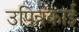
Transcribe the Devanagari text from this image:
उपिन्नकाई